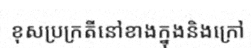
ខុសប្រក្រតីនៅខាងក្នុងនិងក្រៅ